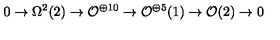
0 \rightarrow \Omega ^ { 2 } ( 2 ) \rightarrow { \cal O } ^ { \oplus 1 0 } \rightarrow { \cal O } ^ { \oplus 5 } ( 1 ) \rightarrow { \cal O } ( 2 ) \rightarrow 0